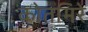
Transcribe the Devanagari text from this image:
कोतमिरे